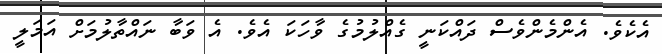
އެކެވެ. އެންމެންވެސް ދައްކަނީ ގެއްލުމުގެ ވާހަކަ އެވެ. އެ ވަބާ ނައްތާލުމަށް އަމަލީ